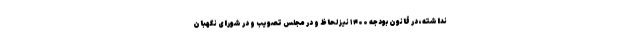
نداشته، در قانون بودجه ۱۴۰۰ نیز لحاظ و در مجلس تصویب و در شورای نگهبان